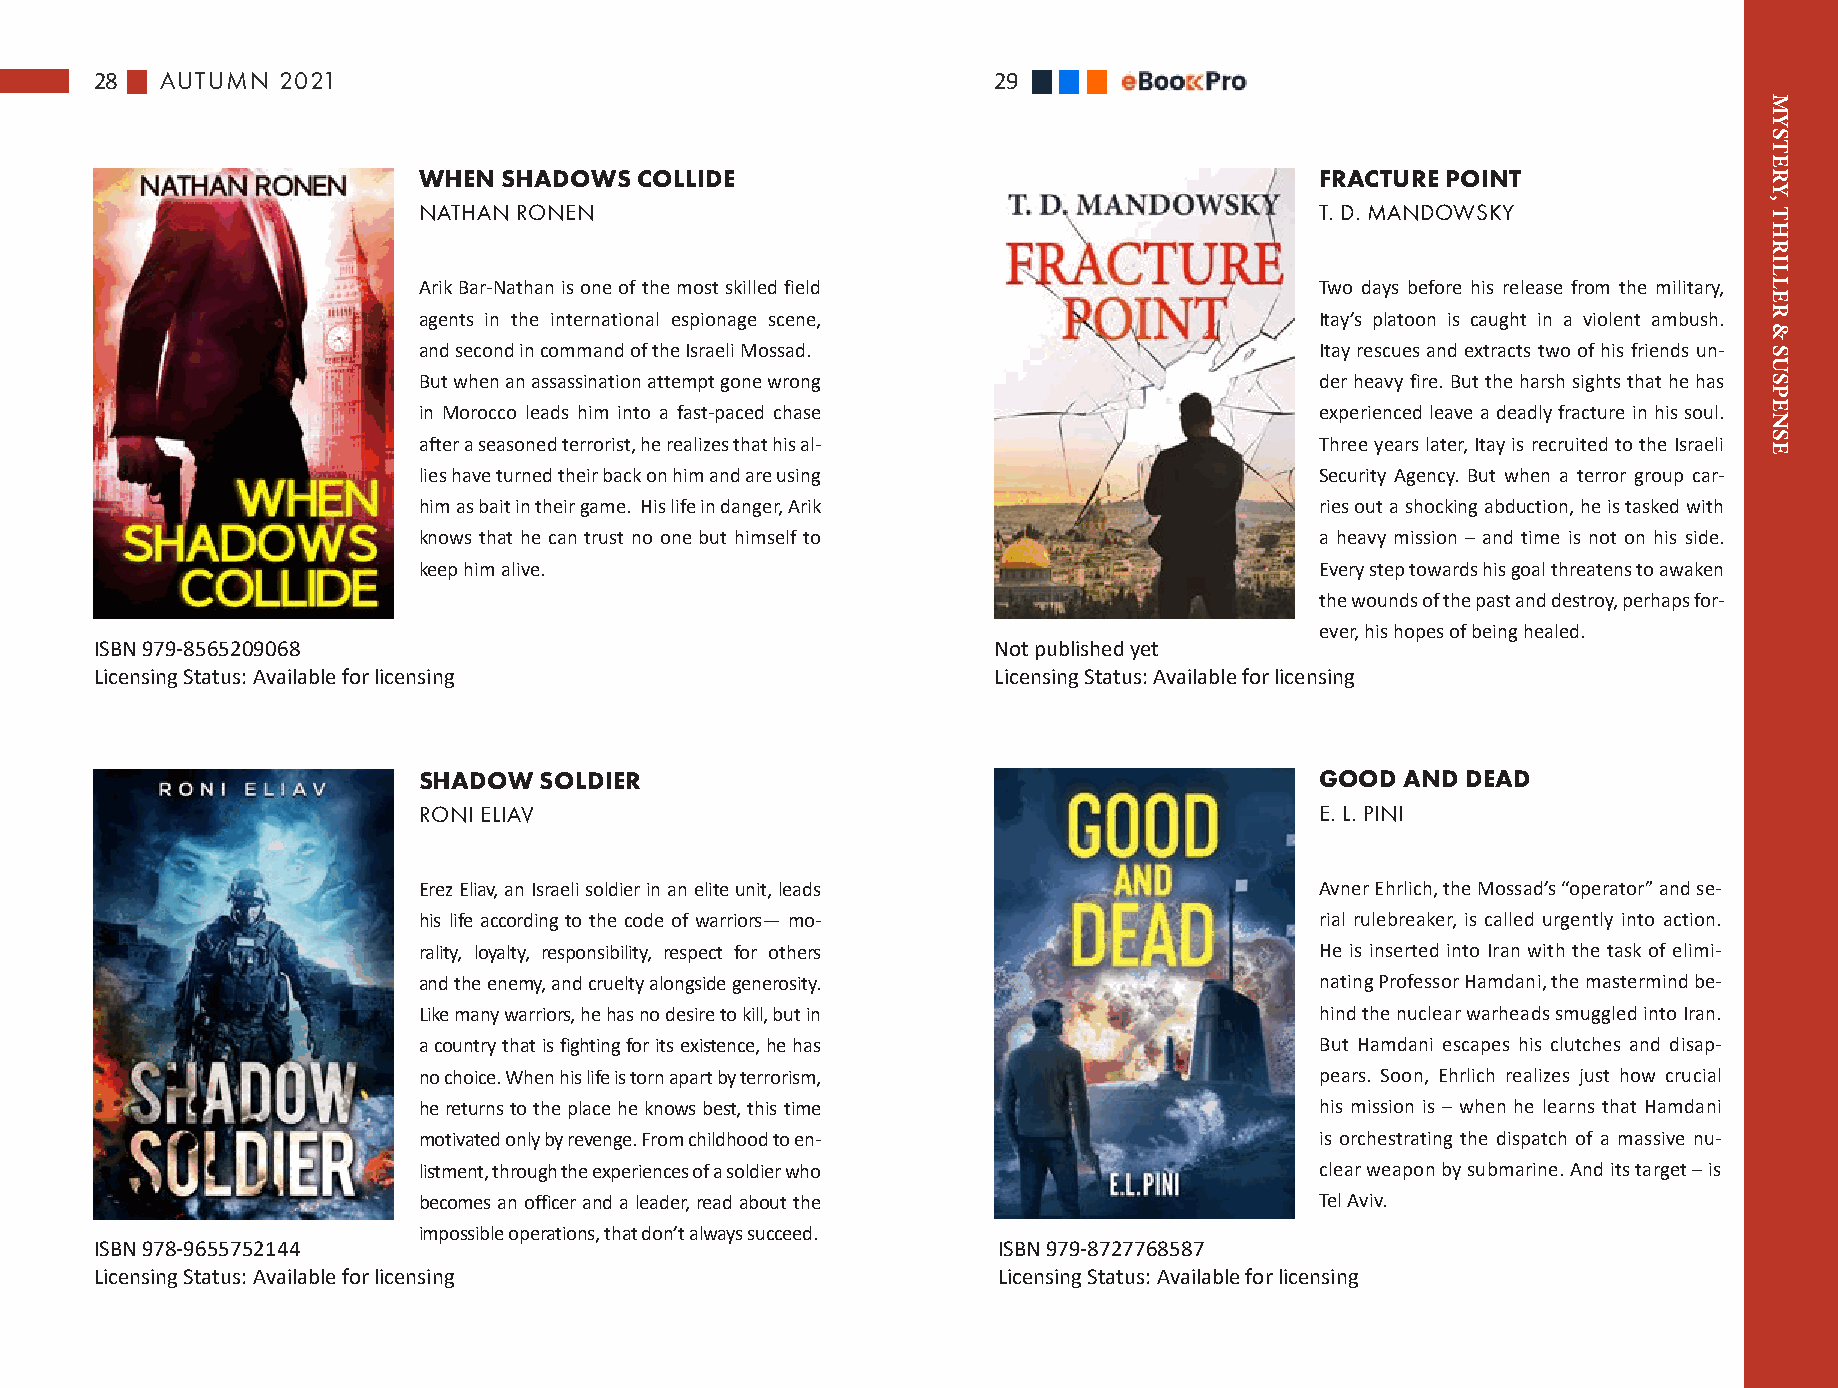
28   AUTUMN 2021                                            29
 WHEN SHADOWS  COLLIDE                                      FRACTURE POINT
 NATHAN RONEN                                               T. D. MANDOWSKY
 Arik Bar-Nathan is one of the most skilled field           Two days before his release from the military,
 agents in the international espionage scene,               Itay’s platoon is caught in a violent ambush.
 and second in command of the Israeli Mossad.               Itay rescues and extracts two of his friends un-
 But when an assassination attempt gone wrong               der heavy fire. But the harsh sights that he has
 in Morocco leads him into a fast-paced chase               experienced leave a deadly fracture in his soul.
 after a seasoned terrorist, he realizes that his al-       Three years later, Itay is recruited to the Israeli
 lies have turned their back on him and are using           Security Agency. But when a terror group car-
 him as bait in their game. His life in danger, Arik        ries out a shocking abduction, he is tasked with
 knows that he can trust no one but himself to              a heavy mission – and time is not on his side.
 keep him alive.                                            Every step towards his goal threatens to awaken
 the wounds of the past and destroy, perhaps for-
 ever, his hopes of being healed.
 ISBN 979-8565209068                                         Not published yet
 Licensing Status: Available for licensing                   Licensing Status: Available for licensing
 SHADOW  SOLDIER                                            GOOD  AND DEAD
 RONI ELIAV                                                 E. L. PINI
 Erez Eliav, an Israeli soldier in an elite unit, leads     Avner Ehrlich, the Mossad’s “operator” and se-
 his life according to the code of warriors— mo-            rial rulebreaker, is called urgently into action.
 rality, loyalty, responsibility, respect for others        He is inserted into Iran with the task of elimi-
 and the enemy, and cruelty alongside generosity.           nating Professor Hamdani, the mastermind be-
 Like many warriors, he has no desire to kill, but in       hind the nuclear warheads smuggled into Iran.
 a country that is fighting for its existence, he has       But Hamdani escapes his clutches and disap-
 no choice. When his life is torn apart by terrorism,       pears. Soon, Ehrlich realizes just how crucial
 he returns to the place he knows best, this time           his mission is – when he learns that Hamdani
 motivated only by revenge. From childhood to en-           is orchestrating the dispatch of a massive nu-
 listment, through the experiences of a soldier who         clear weapon by submarine. And its target – is
 becomes an officer and a leader, read about the            Tel Aviv.
 impossible operations, that don’t always succeed.
 ISBN 978-9655752144                                         ISBN 979-8727768587
 Licensing Status: Available for licensing                   Licensing Status: Available for licensing
 MYSTERY,
 THRILLER
 &
 SUSPENSE